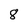
Character: 8